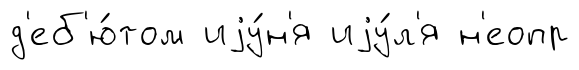
д'еб'ю́том иjу́н'я иjу́л'я н'еопр